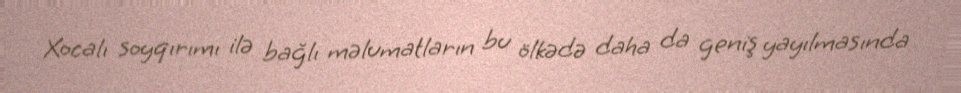
Xocalı soyqırımı ilə bağlı məlumatların bu ölkədə daha da geniş yayılmasında